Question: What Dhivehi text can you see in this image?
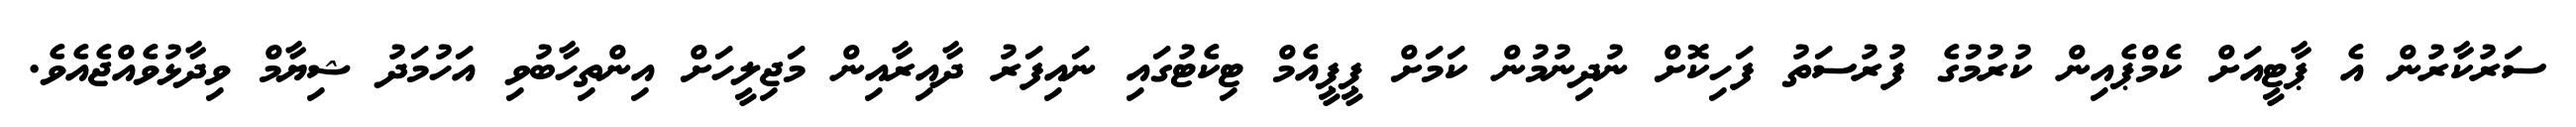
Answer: ސަރުކާރުން އެ ޕާޓީއަށް ކެމްޕެއިން ކުރުމުގެ ފުރުސަތު ފަހިކޮށް ނުދިނުމުން ކަމަށް ޕީޕީއެމް ޓިކެޓުގައި ނައިފަރު ދާއިރާއިން މަޖިލީހަށް އިންތިހާބުވި އަހުމަދު ޝިޔާމް ވިދާޅުވެއްޖެއެވެ.